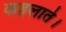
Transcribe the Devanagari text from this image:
कहलाते।